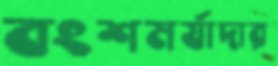
বংশমর্যাদার